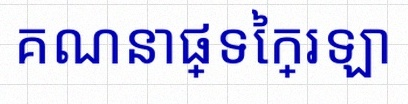
គណនាផ្ទៃក្រឡា